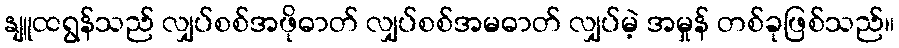
နျူထရွန်သည် လျှပ်စစ်အဖိုဓာတ် လျှပ်စစ်အမဓာတ် လျှပ်မဲ့ အမှုန် တစ်ခုဖြစ်သည်။